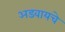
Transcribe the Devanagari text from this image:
अडवायचे